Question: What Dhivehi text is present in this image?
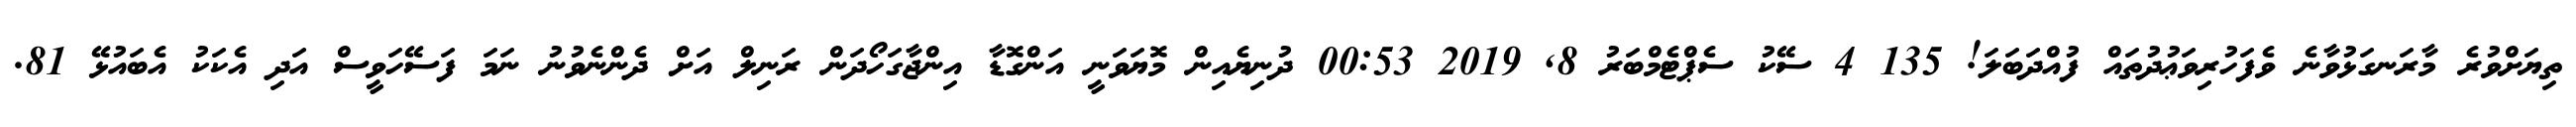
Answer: ތިޔަށްވުރެ މާރަނގަޅުވާނެ ވެފަހުރިވަޢުދުތައް ފުއްދަބަލަ! 135 4 ސޭކު ސެޕްޓެމްބަރު 8, 2019 00:53 ދުނިޔެއިން މޮޔަވަނީ އަންގޮޑާ އިންޖާގަހޯދަން ރަނިލް އަށް ދެންނެވުނު ނަމަ ފަސޭހަވީސް އަދި އެކަކު އެބައުޅޭ 81.